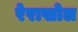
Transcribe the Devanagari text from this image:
रेराखोल